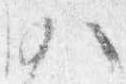
沙